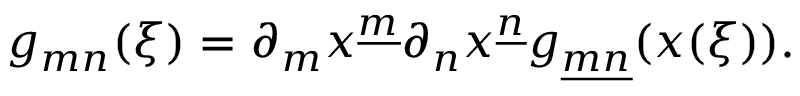
g _ { m n } ( \xi ) = \partial _ { m } x ^ { \underline { { m } } } \partial _ { n } x ^ { \underline { { n } } } g _ { \underline { { { m n } } } } ( x ( \xi ) ) .